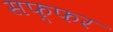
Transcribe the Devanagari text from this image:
सफ्फर